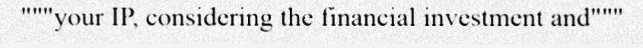
"""your IP, considering the financial investment and"""